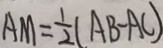
A M = \frac { 1 } { 2 } ( A B - A C )